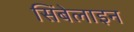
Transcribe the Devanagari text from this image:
सिंबेलाइन